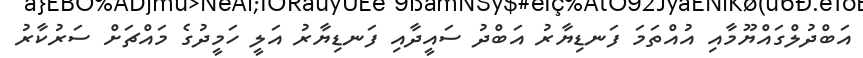
އަބްދުލްގައްޔޫމާއި އުއްތަމަ ފަނޑިޔާރު އަބްދު ސައީދާއި ފަނޑިޔާރު އަލީ ހަމީދުގެ މައްޗަށް ސަރުކާރު